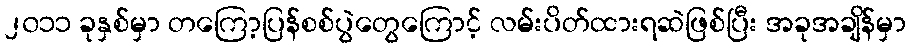
၂၀၁၁ ခုနှစ်မှာ တကြော့ပြန်စစ်ပွဲတွေကြောင့် လမ်းပိတ်ထားရဆဲဖြစ်ပြီး အခုအချိန်မှာ